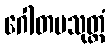
ဂေါတမသုတ္တံ